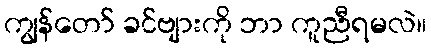
ကျွန်တော် ခင်ဗျားကို ဘာ ကူညီရမလဲ။